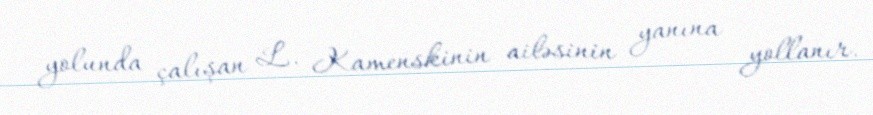
yolunda çalışan L. Kamenskinin ailəsinin yanına yollanır.